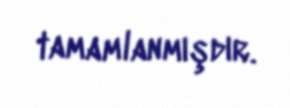
tamamlanmışdır.